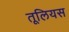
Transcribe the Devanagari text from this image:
तूलियस